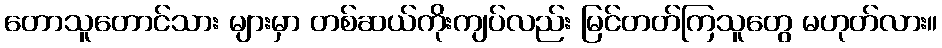
တောသူတောင်သား များမှာ တစ်ဆယ်ကိုးကျပ်လည်း မြင်တတ်ကြသူတွေ မဟုတ်လား။